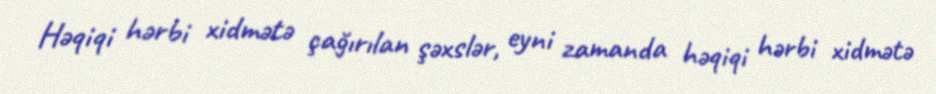
Həqiqi hərbi xidmətə çağırılan şəxslər, eyni zamanda həqiqi hərbi xidmətə